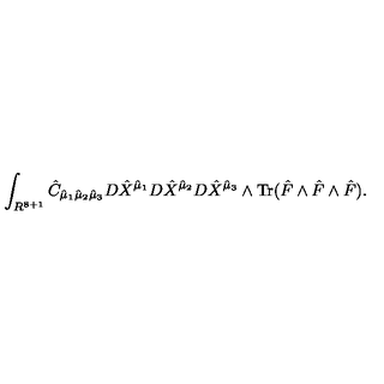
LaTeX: \int _ { R ^ { 8 + 1 } } { \hat { C } } _ { { \hat { \mu } } _ { 1 } { \hat { \mu } } _ { 2 } { \hat { \mu } } _ { 3 } } D { \hat { X } } ^ { { \hat { \mu } } _ { 1 } } D { \hat { X } } ^ { { \hat { \mu } } _ { 2 } } D { \hat { X } } ^ { { \hat { \mu } } _ { 3 } } \wedge \mathrm { T r } ( { \hat { F } } \wedge { \hat { F } } \wedge { \hat { F } } ) .